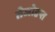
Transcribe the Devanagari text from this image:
तेजोदृप्त